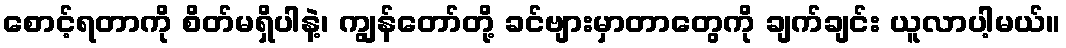
စောင့်ရတာကို စိတ်မရှိပါနဲ့၊ ကျွန်တော်တို့ ခင်ဗျားမှာတာတွေကို ချက်ချင်း ယူလာပါ့မယ်။